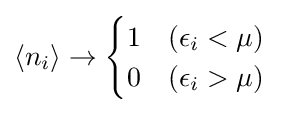
\left\langle n_{i}\right\rangle \to {\begin{cases}1&(\epsilon _{i}<\mu )\\0&(\epsilon _{i}>\mu )\end{cases}}